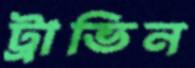
ট্রাভিন